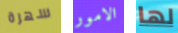
سهرة الامور لها